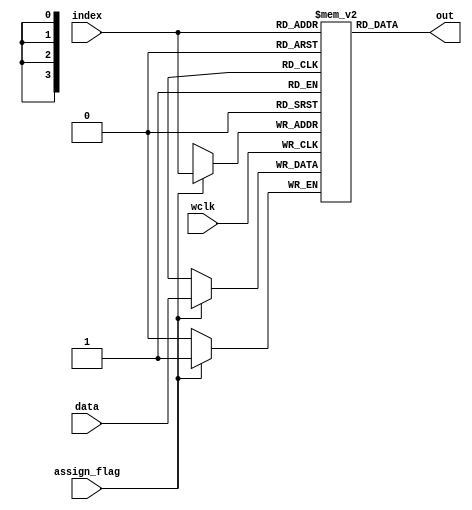
/*
 * Copyright (c) 1999 Stephen Williams (steve@icarus.com)
 *
 *    This source code is free software; you can redistribute it
 *    and/or modify it in source code form under the terms of the GNU
 *    General Public License as published by the Free Software
 *    Foundation; either version 2 of the License, or (at your option)
 *    any later version.
 *
 *    This program is distributed in the hope that it will be useful,
 *    but WITHOUT ANY WARRANTY; without even the implied warranty of
 *    MERCHANTABILITY or FITNESS FOR A PARTICULAR PURPOSE.  See the
 *    GNU General Public License for more details.
 *
 *    You should have received a copy of the GNU General Public License
 *    along with this program; if not, write to the Free Software
 *    Foundation, Inc., 51 Franklin Street, Fifth Floor, Boston, MA 02110-1301, USA.
 */

 /*
  *  This example program simulates a 16x1 ram, and is used as an
  *  example for using VCD output and waveform viewers.
  *
  *  Like any other Verilog simulation, compile this program with the
  *  command:
  *
  *      iverilog show_vcd.vl
  *
  *  This will generate the show_vcd command in the current directory.
  *  When you run the command, you will see the output from all the
  *  calls to $display, but also there will be a dump file ``show_vcd.vcd''.
  *  The name of this file is set by the statement:
  *
  *      $dumpfile("show_vcd.vcd");
  *
  *  in the main module. The output file uses the standard VCD file format
  *  so can be viewed using off-the-shelf waveform viewers. The remaining
  *  steps describe how to use GTKWave to view the file. If you are using
  *  a different viewer, see the documentation for that tool.
  *
  *  To view the output generated by running show_vcd, start the GTKWave
  *  viewer with the command:
  *
  *      gtkwave show_vcd.vcd
  *
  *  The GTKWave program will display its main window, and show in a small
  *  status box (upper left corner) that it succeeded in loading the dump
  *  file. However, there are no waveforms displayed yet. Select signals to
  *  add to the waveform display using the menu selection:
  *
  *      "Search --> Signal Search Tree"
  *
  *  This will bring up a dialog box that shows in directory tree format
  *  the signals of the program. Select the signals you wish to view, and
  *  click one of the buttons on the bottom of the dialog box to display
  *  the selected signals in the waveform window. Click "Exit" on the box
  *  to get rid of it.
  *
  *  The magic that makes all this work is contained in the $dumpfile and
  *  $dumpvars system tasks. The $dumpfile task tells the simulation where
  *  to write the VCD output. This task must be called once before the
  *  $dumpvars task is called.
  *
  *  The $dumpvars task tells the simulation what variables to write to
  *  the VCD output. The first parameter is how far to descend while
  *  scanning a scope, and the remaining parameters are signals or scope
  *  names to include in the dump. If a scope name is given, all the
  *  signals within the scope are dumped. If a wire or register name is
  *  given, that signal is included.
  */

 module ram16x1 (out, data, index, assign_flag, wclk);
     output out;
     input data;
     input [3:0] index;
     input assign_flag;
     input wclk;

     reg mem[15:0];

     assign out = mem[index];
     always @(posedge wclk) if (assign_flag) mem[index] = data;

 endmodule /* ram16x1 */

module main;
    wire out;
    reg data;
    reg [3:0] index;
    reg assign_flag, wclk;

    ram16x1 r1 (out, data, index, assign_flag, wclk);

    initial begin
    $dumpfile("show_vcd.vcd");
    $dumpvars(1, main.r1);
    wclk = 0;
    assign_flag = 1;
    for (index = 0 ; index < 4'hf ;  index = index + 1) begin
        data = index[0];
        #1 wclk = 1; //the data is written to ram on positve edge
        #1 wclk = 0;
        $display("r1[%x] == %b", index, out);
    end

    for (index = 0 ; index < 4'hf ;  index = index + 1)
        #1 if (out !== index[0]) begin
            $display("FAILED -- mem[%h] !== %b", index, index[0]);
            $finish;
        end

        $display("PASSED");
    end
endmodule /* main */